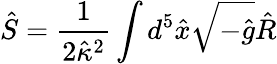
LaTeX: \hat{S}=\frac{1}{2\hat{\kappa}{}^{2}}\int d^{5}\hat{x}\sqrt{-\hat{g}}\hat{R}